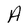
Character: A